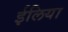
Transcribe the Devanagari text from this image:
ईलिया